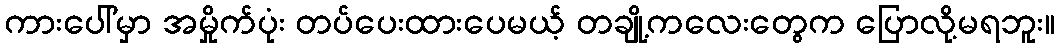
ကားပေါ်မှာ အမှိုက်ပုံး တပ်ပေးထားပေမယ့် တချို့ကလေးတွေက ပြောလို့မရဘူး။